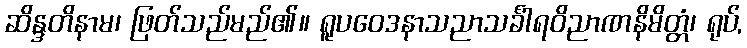
ဆိန္ဒတိနာမ၊ ဖြတ်သည်မည်၏။ ရူပဝေဒနာသညာသင်္ခါရဝိညာဏနိမိတ္တံ၊ ရုပ်,